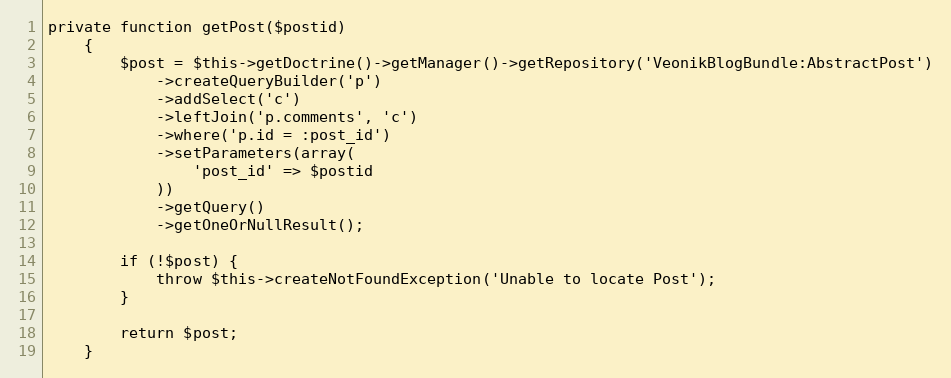
Language: PHP
private function getPost($postid)
    {
        $post = $this->getDoctrine()->getManager()->getRepository('VeonikBlogBundle:AbstractPost')
            ->createQueryBuilder('p')
            ->addSelect('c')
            ->leftJoin('p.comments', 'c')
            ->where('p.id = :post_id')
            ->setParameters(array(
                'post_id' => $postid
            ))
            ->getQuery()
            ->getOneOrNullResult();

        if (!$post) {
            throw $this->createNotFoundException('Unable to locate Post');
        }

        return $post;
    }